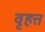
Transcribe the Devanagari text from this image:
वृहत्त